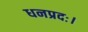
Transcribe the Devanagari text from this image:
धनप्रदः।